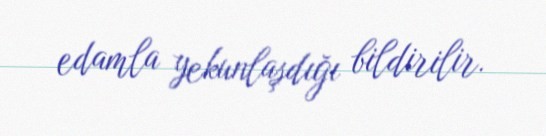
edamla yekunlaşdığı bildirilir.